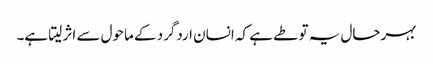
بہرحال یہ تو طے ہے کہ انسان اردگرد کے ماحول سے اثر لیتا ہے۔